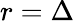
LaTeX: r=\Delta